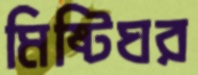
মিষ্টিঘর